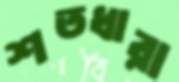
শতধারা